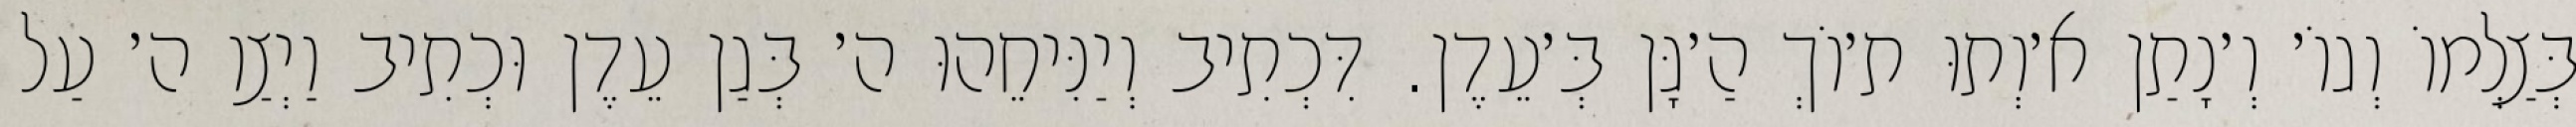
בְּצַלְמוֹ וְגוֹ׳ וְ׳נָתַן א׳וְתוּ ת׳וֹךְ הַ׳גָּן בְּ׳עֵדֶן. דִּכְתִיב וְיַנִּיחֵהוּ ה׳ בְּגַן עֵדֶן וּכְתִיב וַיְצַו ה׳ עַל